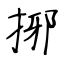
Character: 捓